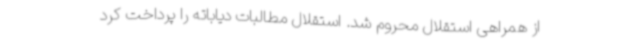
از همراهی استقلال محروم شد. استقلال مطالبات دیاباته را پرداخت کرد